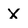
Character: x